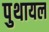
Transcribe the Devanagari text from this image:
पुथायल